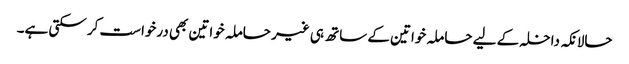
حالانکہ داخلہ کے لیے حاملہ خواتین کے ساتھ ہی غیر حاملہ خواتین بھی درخواست کر سکتی ہے۔